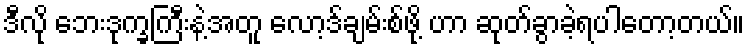
ဒီလို ဘေးဒုက္ခကြီးနဲ့အတူ လော့ဒ်ချမ်းစ်ဖို့ ဟာ ဆုတ်ခွာခဲ့ရပါတော့တယ်။